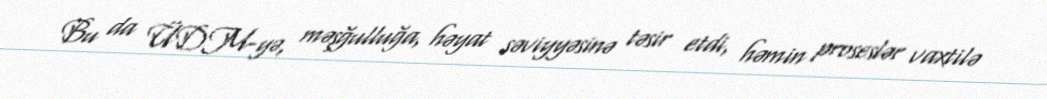
Bu da ÜDM-yə, məşğulluğa, həyat səviyyəsinə təsir etdi, həmin proseslər vaxtilə